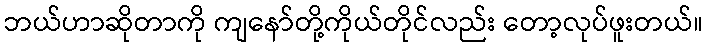
ဘယ်ဟာဆိုတာကို ကျနော်တို့ကိုယ်တိုင်လည်း တော့လုပ်ဖူးတယ်။